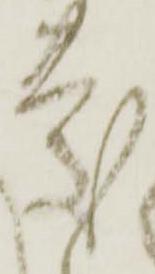
慶